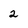
Character: 2